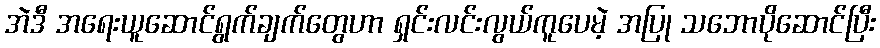
အဲဒီ အရေးယူဆောင်ရွက်ချက်တွေဟာ ရှင်းလင်းလွယ်ကူပေမဲ့ အပြု သဘောပိုဆောင်ပြီး